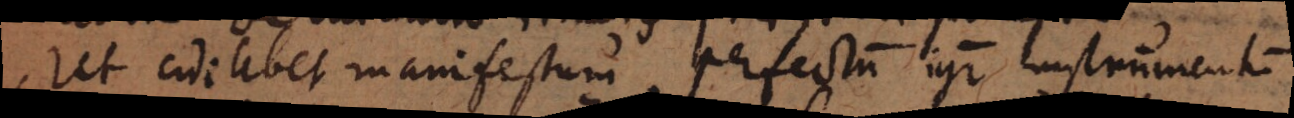
Ut cuilibet manifestum, perfectum igitur instrumentum